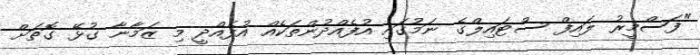
"ފަސްމީރު ލައިފް ސްޓައިލްގެ ނަމުގައި އުފެއްދުންތަކެއް އުފެއްދީ މި ޒަމާނާ ގުޅޭ ގޮތަށް